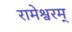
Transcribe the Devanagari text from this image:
रामेश्वरम्‌